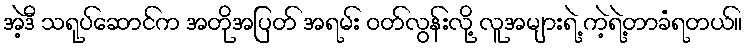
အဲ့ဒီ သရုပ်ဆောင်က အတိုအပြတ် အရမ်း ဝတ်လွန်းလို့ လူအများရဲ့ ကဲ့ရဲ့တာခံရတယ်။